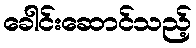
ခေါင်းဆောင်သည့်